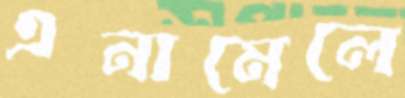
এনামেলে